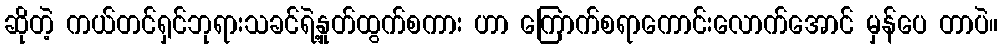
ဆိုတဲ့ ကယ်တင်ရှင်ဘုရားသခင်ရဲ့နှုတ်ထွက်စကား ဟာ ကြောက်စရာကောင်းလောက်အောင် မှန်ပေ တာပဲ။